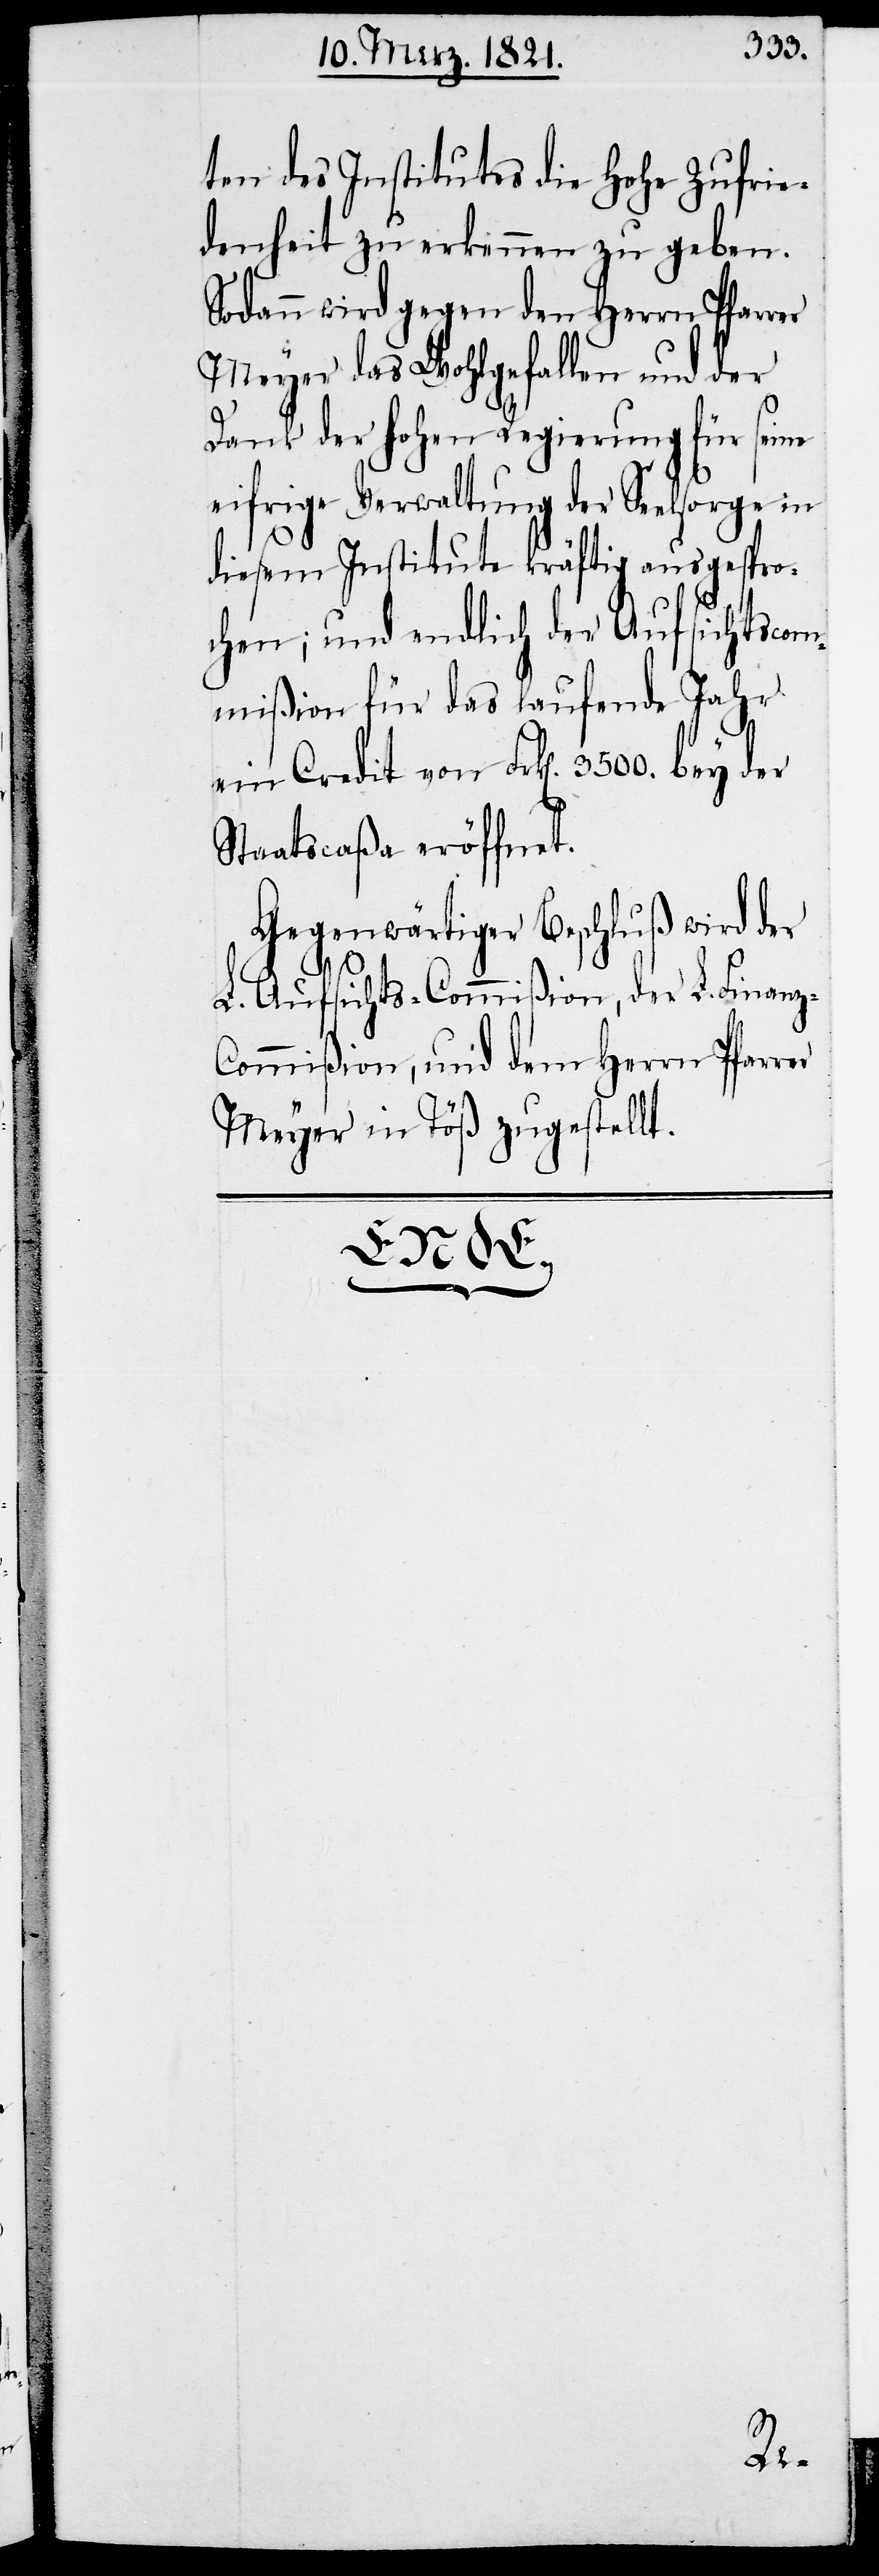
ten des Institutes die hohe Zufrie¬
denheit zu erkennen zu geben.
Sodann wird gegen den Herrn Pfarrer
Meyer das Wohlgefallen und der
Dank der hohen Regierung für seine
eifrige Verwaltung der Seelsorge in
rer
diesem Institute kräftig ausgespro¬
chen; und endlich der Aufsichtscom¬
mißion für das laufende Jahr
ein Credit von Frk[en]. 3500. bey der
Staatscaßa eröffnet.
Gegenwärtiger Beschluß wird der
L. Aufsichts-Commißion, der L. Finan¬
z-Commißion, und dem Herrn Pfar¬
Meyer in Töß zugestellt.